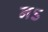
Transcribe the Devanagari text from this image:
नऽ